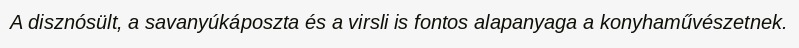
A disznósült, a savanyúkáposzta és a virsli is fontos alapanyaga a konyhaművészetnek.